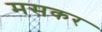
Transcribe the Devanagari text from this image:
मसकर